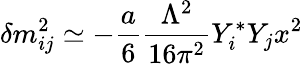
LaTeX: \delta m_{ij}^{2}\simeq-\frac{a}{6}\frac{\Lambda^{2}}{16\pi^{2}}Y_{i}^{*}Y_{j}x^{2}